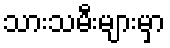
သားသမီးများမှာ